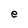
Character: e